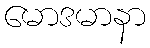
မောဒမာနာ